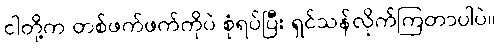
ငါတို့က တစ်ဖက်ဖက်ကိုပဲ စုံရပ်ပြီး ရှင်သန်လိုက်ကြတာပါပဲ။